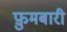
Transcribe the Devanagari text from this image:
फ़ुमबारी